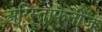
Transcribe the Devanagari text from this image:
अरिस्ताफेनीज